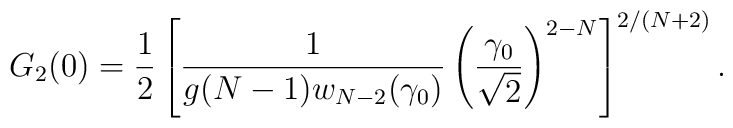
G_2(0)={1\over2}\left[{1\over g(N-1)w_{N-2}(\gamma_0)}\left(\gamma_0\over\sqrt{2}\right)^{2-N}\right]^{2/(N+2)}.